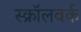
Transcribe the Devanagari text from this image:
स्क्रॉलवर्क